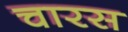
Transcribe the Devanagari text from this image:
चारस